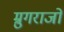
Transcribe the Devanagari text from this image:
म्रुगराजो